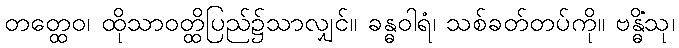
တတ္ထေဝ၊ ထိုသာဝတ္ထိပြည်၌သာလျှင်။ ခန္ဓဝါရံ၊ သစ်ခတ်တပ်ကို။ ဗန္ဓိံသု၊